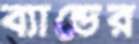
ব্যান্ডের